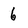
Character: 6